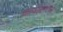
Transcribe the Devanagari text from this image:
कपोलाने